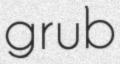
grub